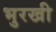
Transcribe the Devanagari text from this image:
भुरखी